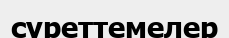
суреттемелер